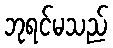
ဘုရင်မသည်